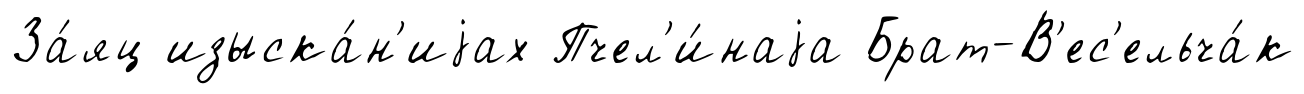
За́яц изыска́н'иjах Пчел'и́наjа Брат-В'ес'ельча́к